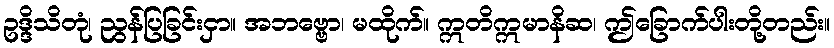
ဥဒ္ဒိသိတုံ၊ ညွန်ပြခြင်းငှာ။ အဘဗ္ဗော၊ မထိုက်။ ဣတိဣမာနိဆ၊ ဤခြောက်ပါးတို့တည်း။